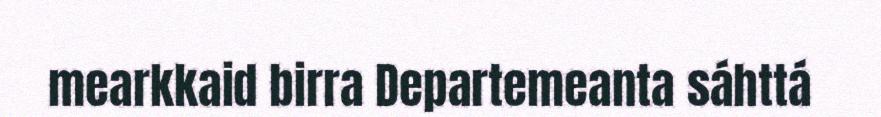
mearkkaid birra Departemeanta sáhttá